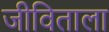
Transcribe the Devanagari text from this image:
जीविताला